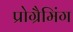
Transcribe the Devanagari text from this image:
प्रोग्रैमिंग